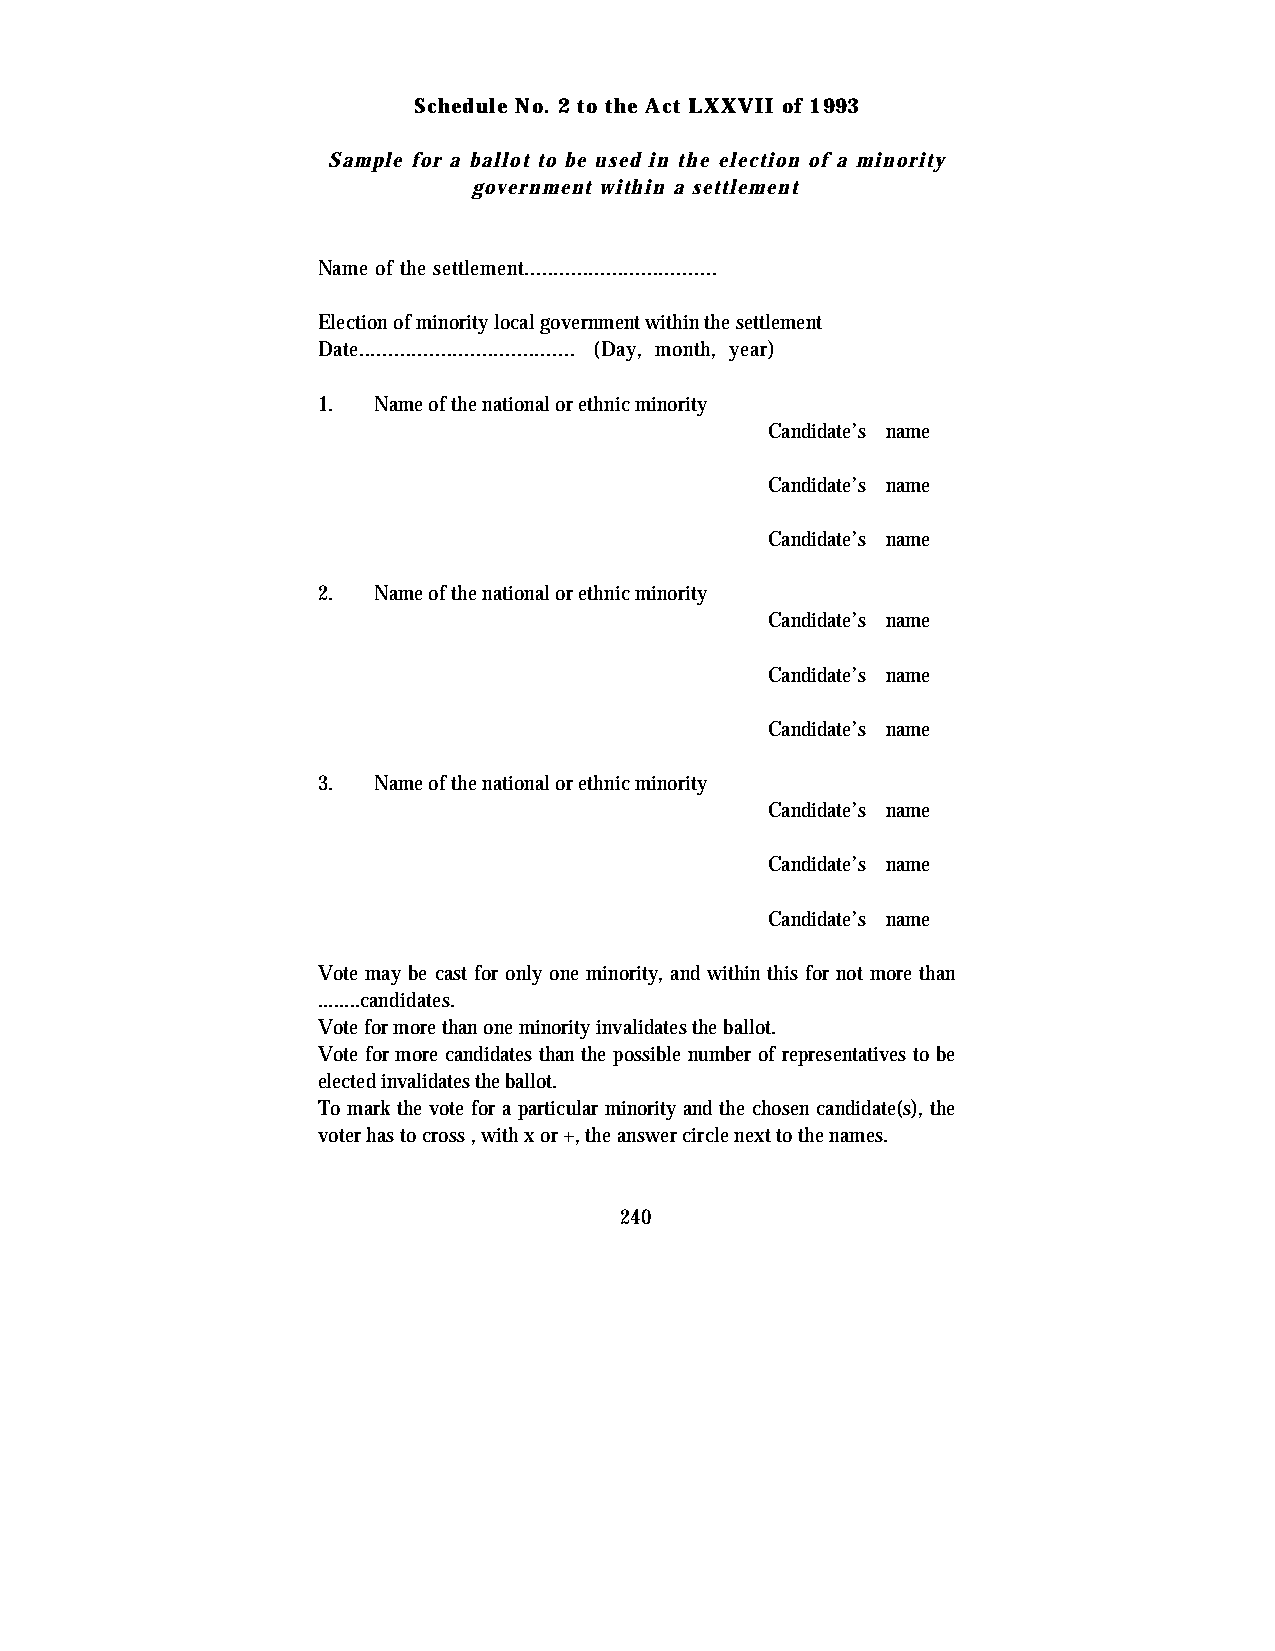
Schedule No. 2 to the Act LXXVII of 1993
 Sample for a ballot to be used in the election of a minority
 government within a settlement
 Name of the settlement.................................
 Election of minority local government within the settlement
 Date..................................... (Day, month, year)
 1.  Name of the national or ethnic minority
 Candidate’s name
 Candidate’s name
 Candidate’s name
 2.  Name of the national or ethnic minority
 Candidate’s name
 Candidate’s name
 Candidate’s name
 3.  Name of the national or ethnic minority
 Candidate’s name
 Candidate’s name
 Candidate’s name
 Vote may be cast for only one minority, and within this for not more than
 ........candidates.
 Vote for more than one minority invalidates the ballot.
 Vote for more candidates than the possible number of representatives to be
 elected invalidates the ballot.
 To mark the vote for a particular minority and the chosen candidate(s), the
 voter has to cross , with x or +, the answer circle next to the names.
 240